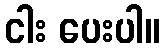
ငါး ပေးပါ။